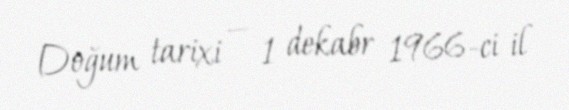
Doğum tarixi — 1 dekabr 1966-ci il